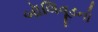
બૉલિવૂડનો